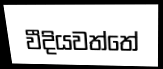
වීදියවත්තේ